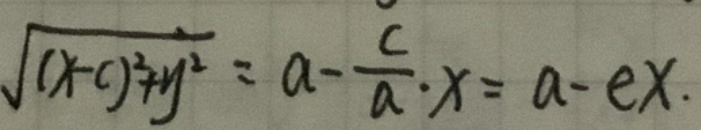
$\sqrt{(x - c)^2 + y^2} = a - \frac{c}{a} \cdot x = a - ex.$